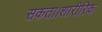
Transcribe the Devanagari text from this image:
सकता।शारीरिक